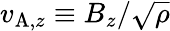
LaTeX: v_{\mathrm{A},z}\equiv B_{z}/\sqrt{\rho}